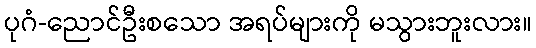
ပုဂံ-ညောင်ဦးစသော အရပ်များကို မသွားဘူးလား။